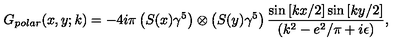
G _ { p o l a r } ( x , y ; k ) = - 4 i \pi \left( S ( x ) \gamma ^ { 5 } \right) \otimes \left( S ( y ) \gamma ^ { 5 } \right) \frac { \sin \left[ k x / 2 \right] \sin \left[ k y / 2 \right] } { ( k ^ { 2 } - e ^ { 2 } / \pi + i \epsilon ) } ,